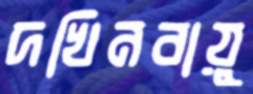
দখিনবায়ু